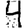
Digit: 4